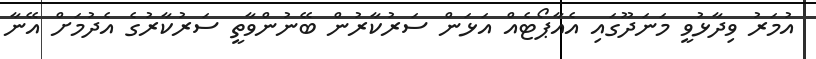
އުމަރު ވިދާޅުވީ މަނަދޫގައި އެއާޕޯޓެއް އަޅަން ސަރުކާރުން ބޭނުންވާތީ ސަރުކާރުގެ އެދުމަށް އޭނާ